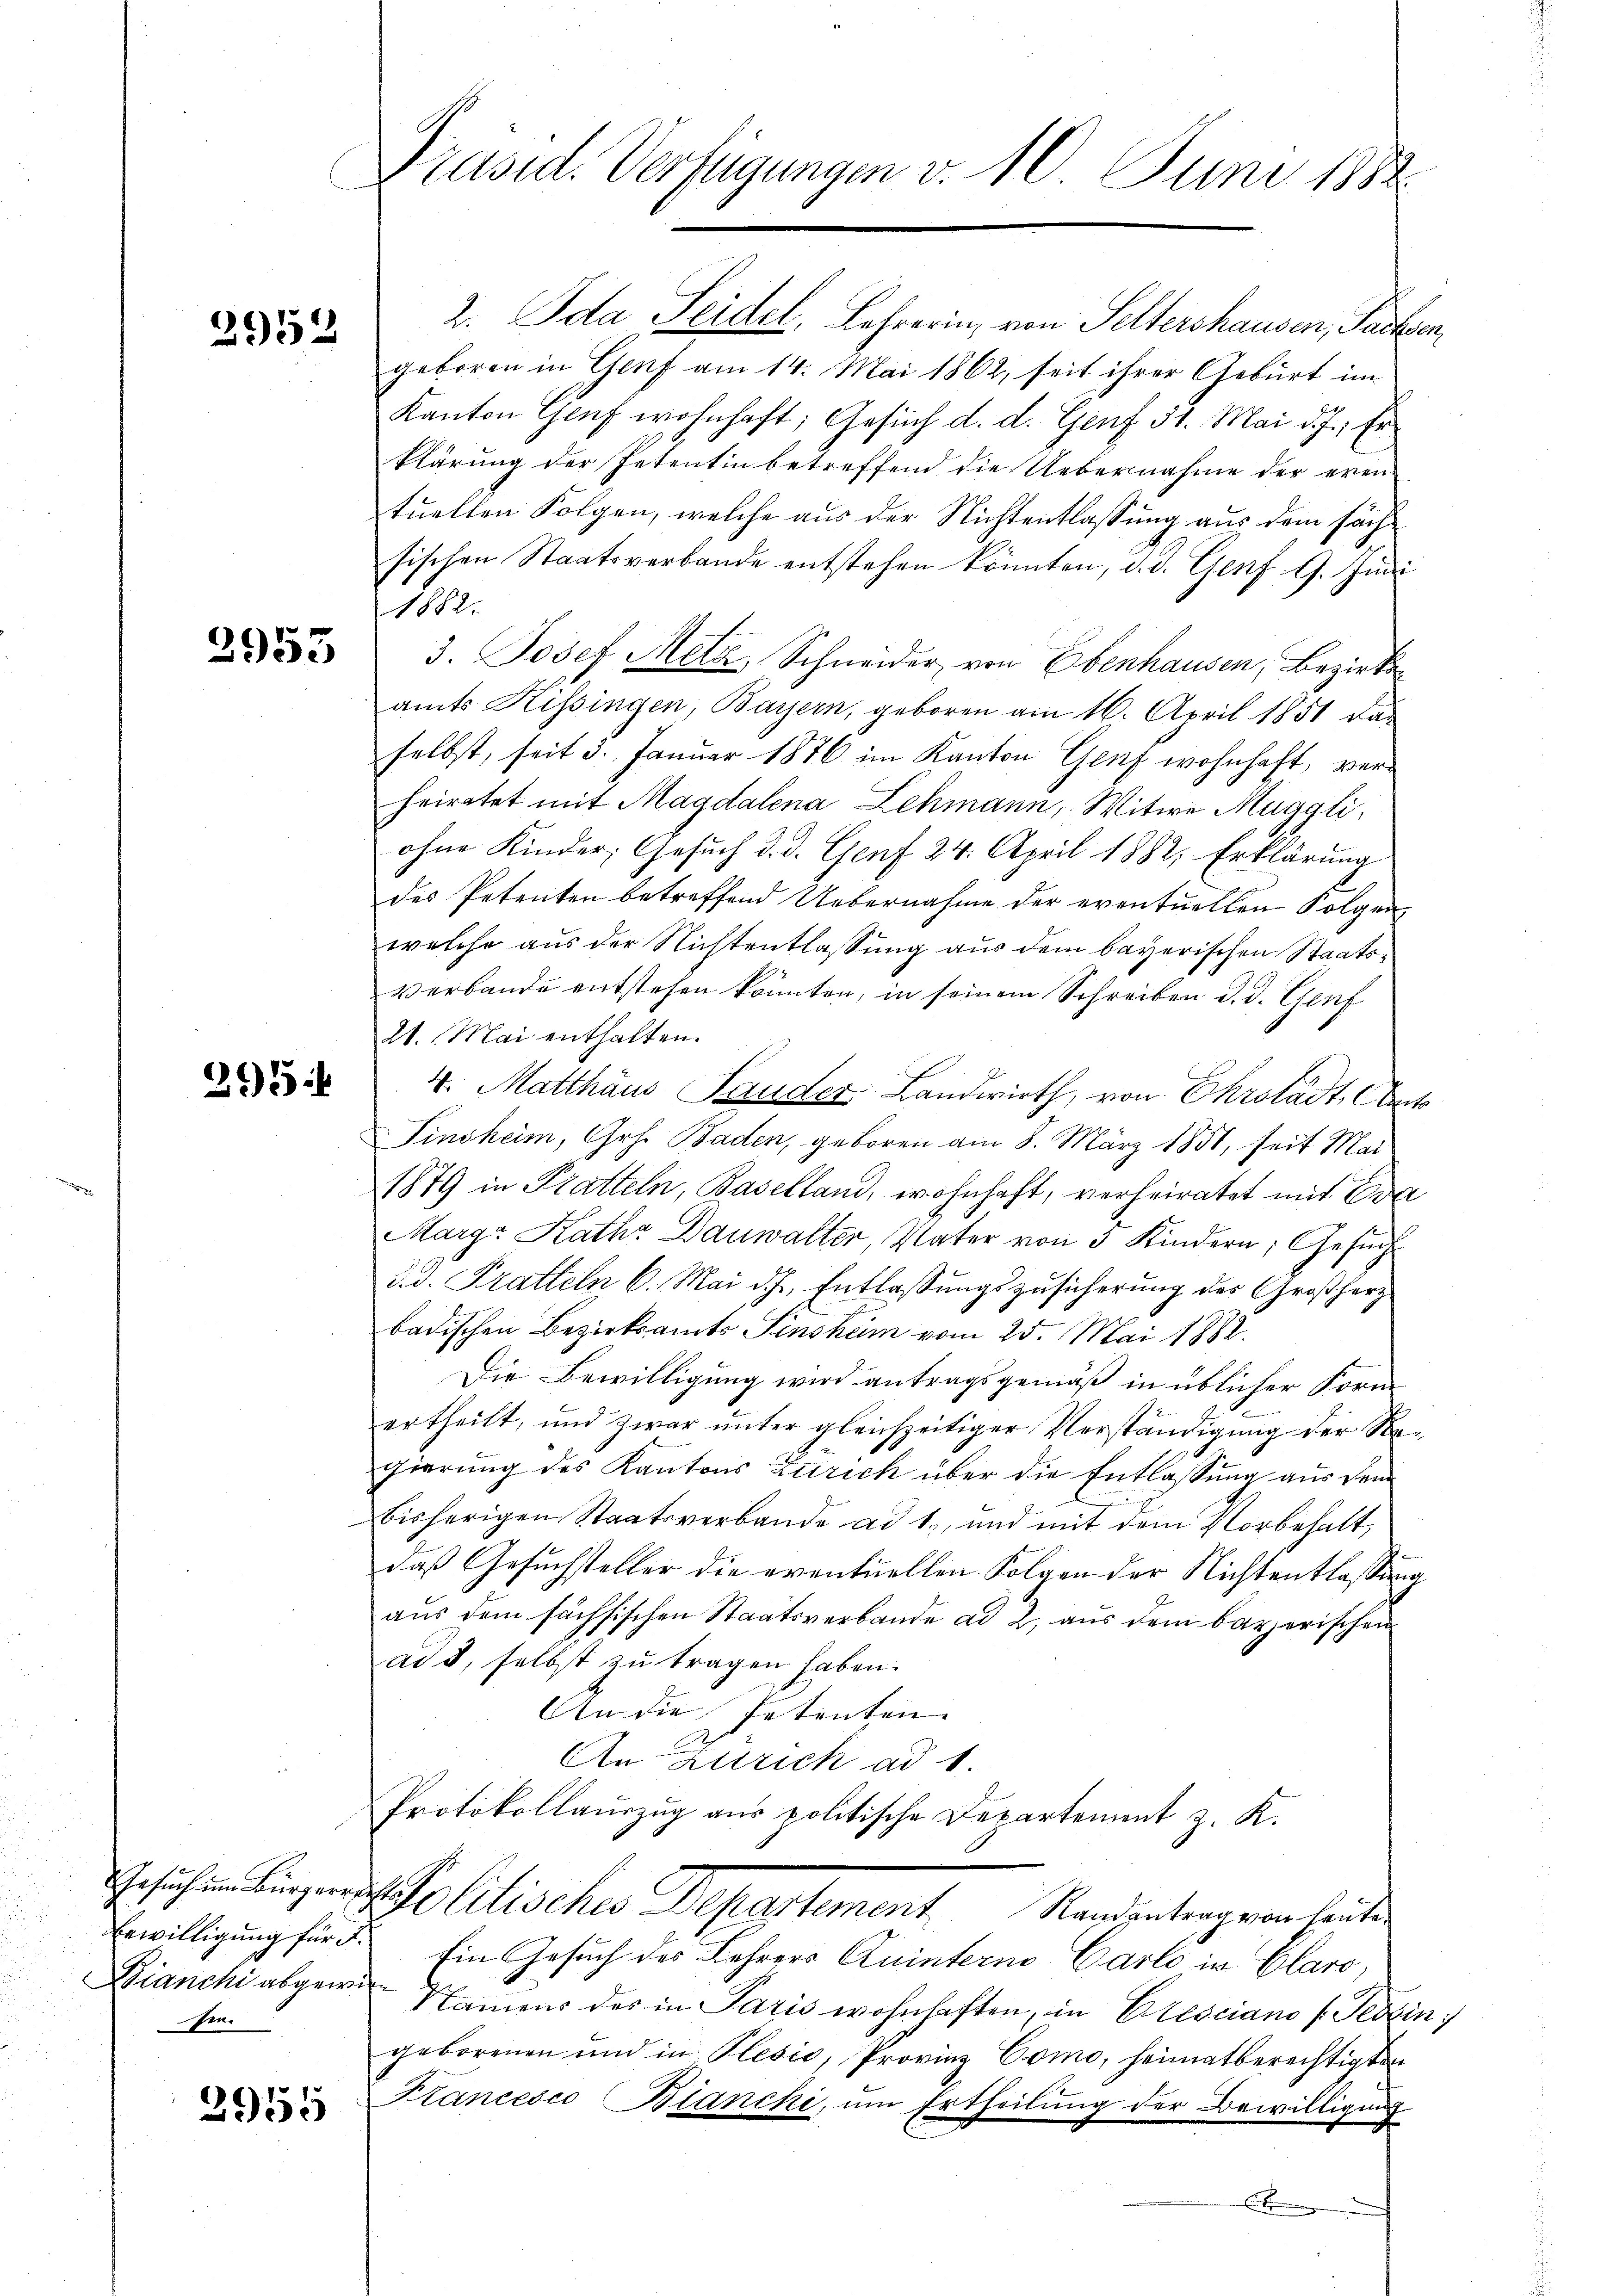
2952

2953

215

2. Ida Seidel, Lehrerin, von Seltershausen, Pachsen,
geboren in Genf am 14. Mai 1862, seit ihrer Geburt im
Kanton Gruf wohnhaft; Gesuch d. d. Genf 31. Mai d. J., Er
klärung der Petentin betreffend die Uebernahme der eventuellen Folgen, welche aus der Nichtentlassung aus dem sachsischen Staatsverbande entstehen könnten, d. d. Genf 9. Juni
 1882.
3. Josef Metz, Schneider, von Ebenhausen, Bezirksamts Kissingen, Bayern, geboren am 16. April 1851 das
selbst, seit 3. Januar 1876 im Kanton Genf wohnhaft, verheiratet mit Magdalena Lehmann, Witwe Maggli,
ohne Kinder, Gesuch d. d. Genf 24. April 1882, Erklärung
des Petenten betreffend Uebernahme der eventuellen Folgen
welche aus der Nichtentlassung aus dem bayerischen Staatsverbande entstehen könnten, in seinem Schreiben d. d. Genf
21. Mai enthalten.
4. Matthäus Sander Landwirth, von Ehrstadt, Anto
Tinsheim, Ges. Baden, geboren am 8. März 1851, seit Mai
1879 in Pratteln, Baselland, wohnhaft, verheiratet mit Eva
Margr Rathe Dauwalter, Vater von 3 Kindern, Gesuch
d. d. Pratteln 6. Mai d. h. Entlassungszusicherung des Großherz
badischen Bezirksamts Sinshem vom 25. Mai 1882.
Die Bewilligung wird antragsgemäß in üblicher Form
ertheilt, und zwar unter gleichzeitiger Verständigung der Regierung des Kantons Zürich über die Entlassung aus dem
bisherigen Staatsverbande ad 1., und mit dem Vorbehalt,
daß Gesuchsteller die eventuellen Folgen der Nichtentlassung
aus dem sächsischen Staatsverbande ad 2, aus dem bayerischen
ad 3, selbst zŭ tragen haben.
An die Petenten.
An Zürich ad 1.
Protokollauszug aus politische Departement z. K.
Gesuchen Liegen d. Politische Departement. Standentragenheiten
Erwilligung für d. Ein Gesuch des Lehrers Quintern Carlo in Claro,
Bianchi abgewie Namens des in Paris wohnhaften, in Cresciano (Tessin,
geborenen und in Plesie, Provinz Como, heimatberechtigten
Francesco Blancki, um Ertheilung der Bewilligung
 Ein

en.

2955

Präsid. Verfügungen v. 10. Juni 1882